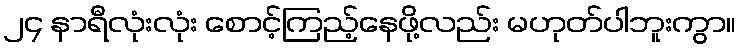
၂၄ နာရီလုံးလုံး စောင့်ကြည့်နေဖို့လည်း မဟုတ်ပါဘူးကွာ။